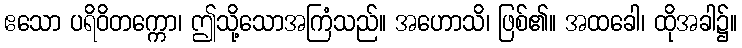
ဧသော ပရိဝိတက္ကော၊ ဤသို့သောအကြံသည်။ အဟောသိ၊ ဖြစ်၏။ အထခေါ၊ ထိုအခါ၌။